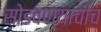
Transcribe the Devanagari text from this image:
सोडवण्याचीच